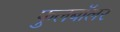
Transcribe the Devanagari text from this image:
फुलबॉलर